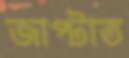
জাপ্‌টাত